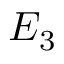
E _ { 3 }